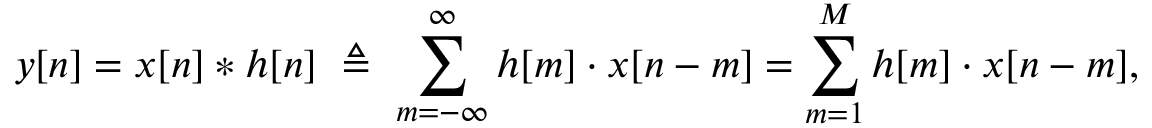
y [ n ] = x [ n ] * h [ n ] \ \triangleq \ \sum _ { m = - \infty } ^ { \infty } h [ m ] \cdot x [ n - m ] = \sum _ { m = 1 } ^ { M } h [ m ] \cdot x [ n - m ] ,